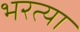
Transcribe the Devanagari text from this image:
भरत्या